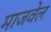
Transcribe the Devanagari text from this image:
माजवेल